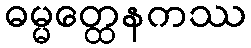
ဓမ္မတ္ထေနကဿ